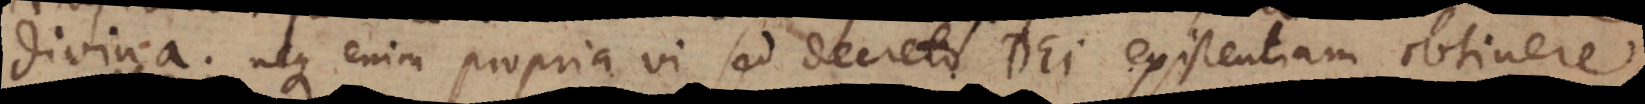
divina; neque enim propria vi sed decreto Dei existentiam obtinere